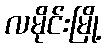
လမိုင်းမြို့